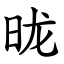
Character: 昽